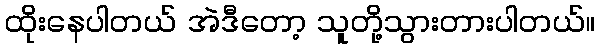
ထိုးနေပါတယ် အဲဒီတော့ သူတို့သွားတားပါတယ်။